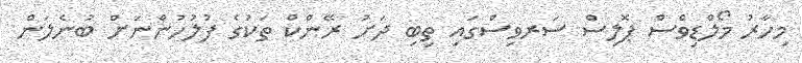
މިހާރު މޯލްޑިވްސް ޕޮލިސް ސަރވިސްގައި ތިބި ދަށު ރޭންކް ތަކުގެ ފުލުހުންނަށް ބުނެލަން